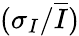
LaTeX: (\sigma_{I}/\overline{{I}})